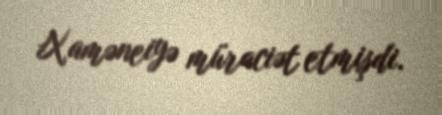
Xaməneiyə müraciət etmişdi.